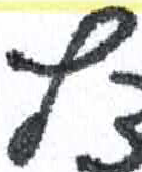
אות: ץ